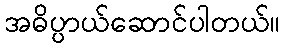
အဓိပ္ပာယ်ဆောင်ပါတယ်။